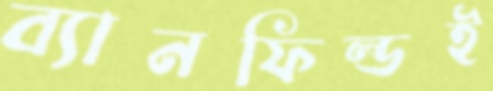
ব্যানফিল্ডই